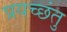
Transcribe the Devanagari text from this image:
प्रयच्छंतु